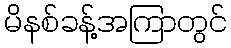
မိနစ်ခန့်အကြာတွင်